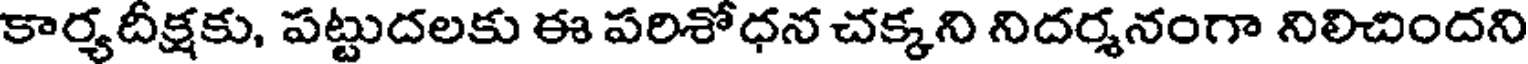
కార్యదీక్షకు, పట్టుదలకు ఈ పరిశోధన చక్కని నిదర్శనంగా నిలిచిందని